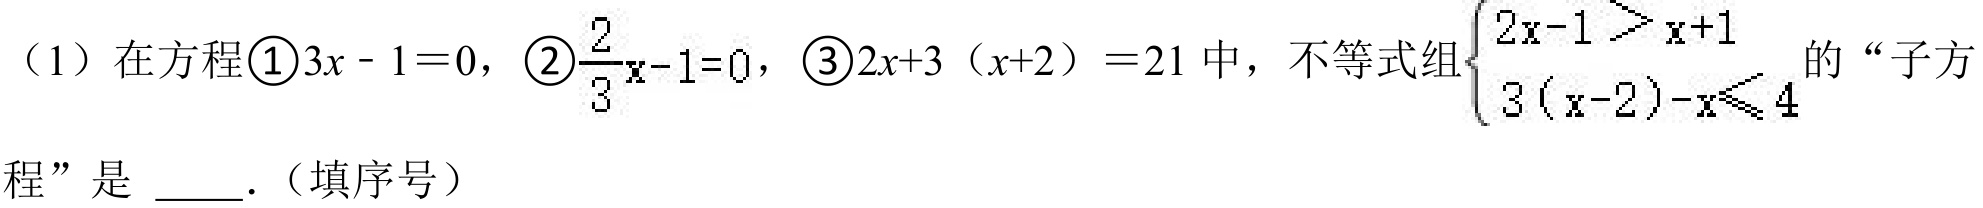
（1）在方程\textcircled{1}\(3x - 1 = 0\)，\textcircled{2}\(\frac{2}{3}x-1 = 0\)，\textcircled{3}\(2x + 3(x + 2)=21\)中，不等式组\(\begin{cases}2x - 1>x + 1\\3(x - 2)-x\leqslant4\end{cases}\)的“子方程”是 \_\_\_．（填序号）